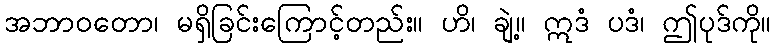
အဘာဝတော၊ မရှိခြင်းကြောင့်တည်း။ ဟိ၊ ချဲ့။ ဣဒံ ပဒံ၊ ဤပုဒ်ကို။